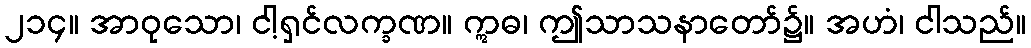
၂၁၄။ အာဝုသော၊ ငါ့ရှင်လက္ခဏ။ ဣဓ၊ ဤသာသနာတော်၌။ အဟံ၊ ငါသည်။